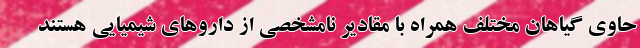
حاوی گیاهان مختلف همراه با مقادیر نامشخصی از داروهای شیمیایی هستند